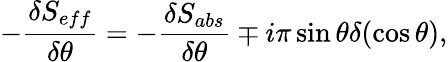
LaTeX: -\frac{\delta S_{eff}}{\delta\theta}=-\frac{\delta S_{abs}}{\delta\theta}\mp i\pi\sin\theta\delta(\cos\theta),